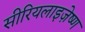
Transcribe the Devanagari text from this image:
सीरियलाइज़ेष्ण